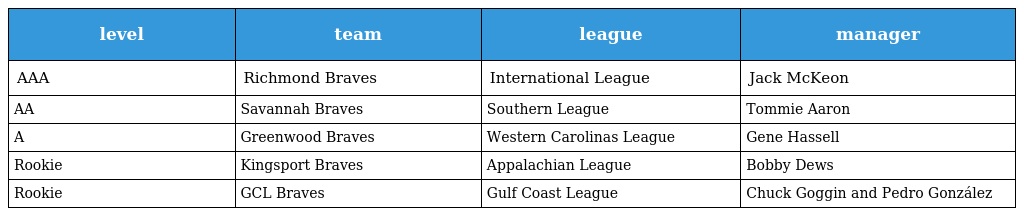
| level | team | league | manager |
 | --- | --- | --- | --- |
 | AAA | Richmond Braves | International League | Jack McKeon |
 | AA | Savannah Braves | Southern League | Tommie Aaron |
 | A | Greenwood Braves | Western Carolinas League | Gene Hassell |
 | Rookie | Kingsport Braves | Appalachian League | Bobby Dews |
 | Rookie | GCL Braves | Gulf Coast League | Chuck Goggin and Pedro González |